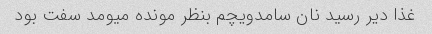
غذا دیر رسید نان سامدویچم بنظر مونده میومد سفت بود